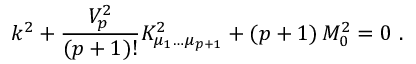
k ^ { 2 } + { \frac { V _ { p } ^ { 2 } } { ( p + 1 ) ! } } K _ { \mu _ { 1 } \dots \mu _ { p + 1 } } ^ { 2 } + ( p + 1 ) \, M _ { 0 } ^ { 2 } = 0 \ .